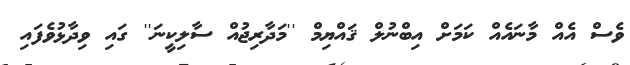
ވެސް އެއް މާނައެއް ކަމަށް އިބްނުލް ޤައްޔިމް ''މަދާރިޖުއް ސާލިކީނަ'' ގައި ވިދާޅުވެފައި